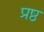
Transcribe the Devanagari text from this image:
प्रष्ठ